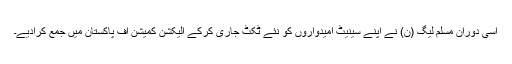
اسی دوران مسلم لیگ (ن) نے اپنے سینیٹ امیدواروں کو نئے ٹکٹ جاری کرکے الیکشن کمیشن آف پاکستان میں جمع کرادیے۔